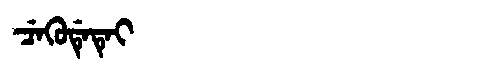
Manchu: ᠴᡝᡴᡠᡩᡝᡨᡝᡳ
Romanization: CEKUDETEI